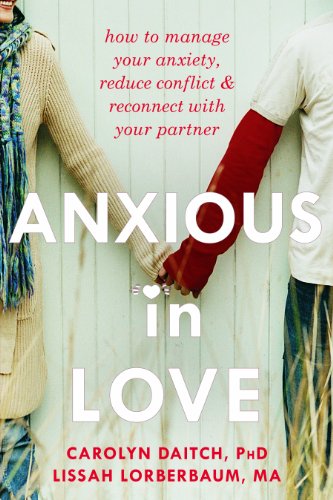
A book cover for Anxious in Love: How to Manage Your Anxiety, Reduce Conflict, and Reconnect with Your Partner; Carolyn Daitch PhD; Self-Help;